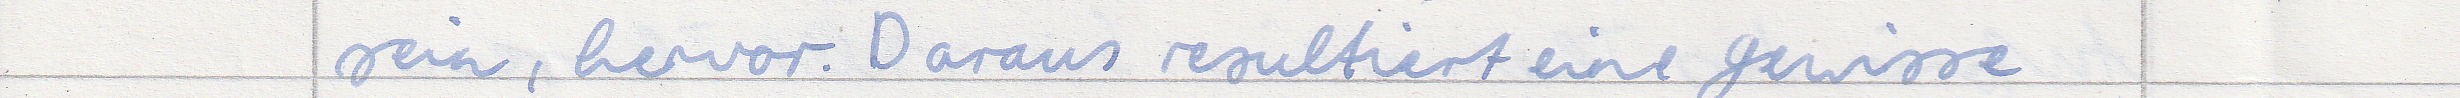
sein, hervor. Daraus resultiert eine gewisse